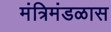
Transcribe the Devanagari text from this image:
मंत्रिमंडळास